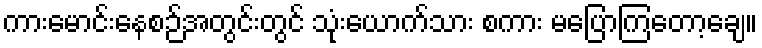
ကားမောင်းနေစဉ်အတွင်းတွင် သုံးယောက်သား စကား မပြောကြတော့ချေ။